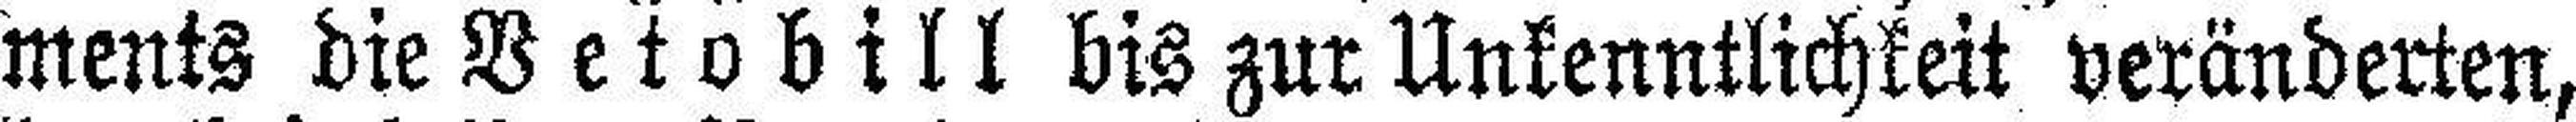
ments die Betobill bis zur Unkenntlichkeit veränderten,